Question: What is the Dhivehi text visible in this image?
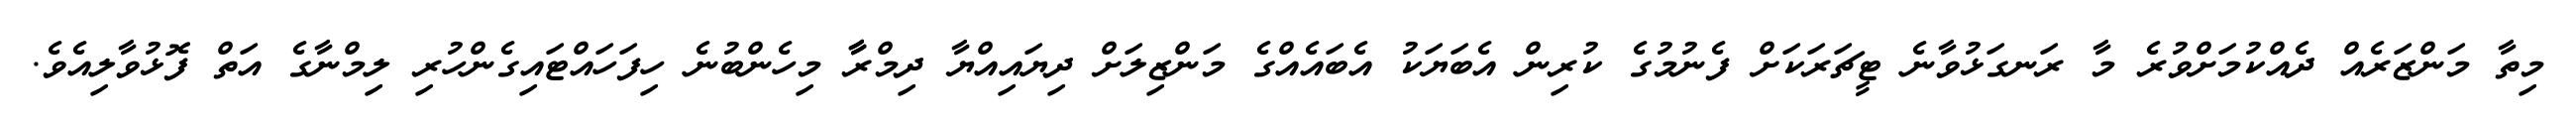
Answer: މިތާ މަންޒަރެއް ދެއްކުމަށްވުރެ މާ ރަނގަޅުވާނެ ޓީޗަރަކަށް ފެނުމުގެ ކުރިން އެބަޔަކު އެބައެއްގެ މަންޒިލަށް ދިޔައިއްޔާ ދިމްރާާ މިހެންބުނެ ހިފަހައްޓައިގެންހުރި ލިމްނާގެ އަތް ފޮޅުވާލިއެވެ.